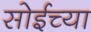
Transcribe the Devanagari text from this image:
सोईच्या